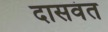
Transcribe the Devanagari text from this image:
दासवंत